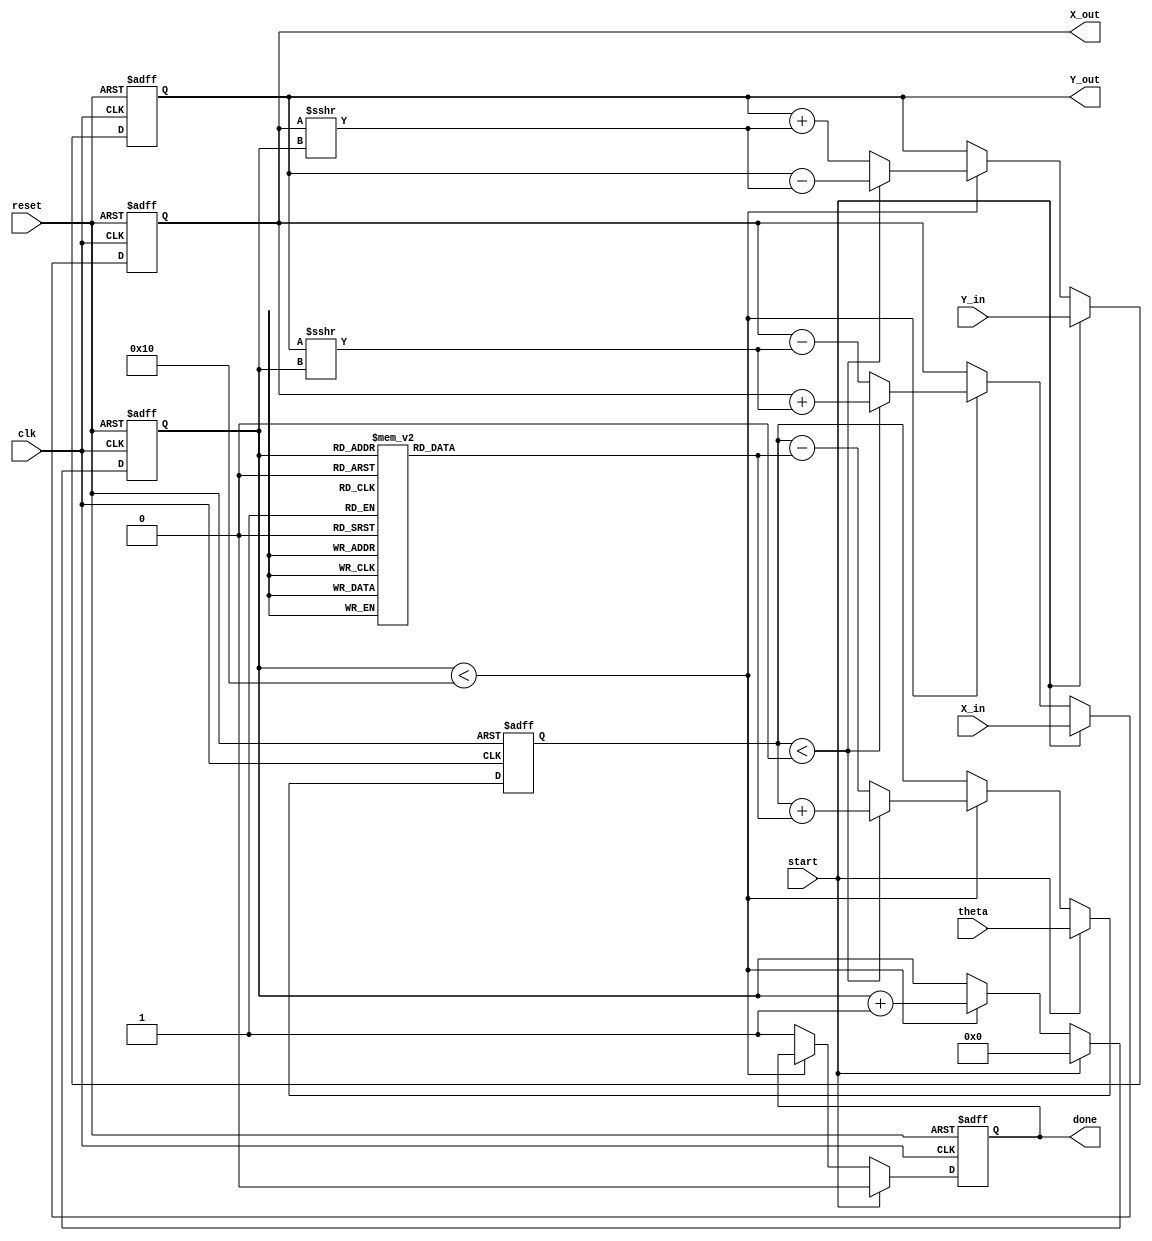
module cordic_2d (
    input clk,
    input reset,
    input start,
    input signed [15:0] X_in,        // Input X vector
    input signed [15:0] Y_in,        // Input Y vector
    input signed [15:0] theta,       // Input angle
    output reg signed [15:0] X_out,   // Output X' vector
    output reg signed [15:0] Y_out,   // Output Y' vector
    output reg done                  // Operation completion signal
);

    // Parameters for the CORDIC algorithm
    parameter NUM_ITERATIONS = 16;    // Number of iterations
    parameter FIXED_POINT_SCALE = 16;  // Scale for fixed-point representation

    // CORDIC angle table (in fixed-point representation)
    reg signed [15:0] atan_table [0:NUM_ITERATIONS-1];
    initial begin
        atan_table[0] = 16'h0000;   // atan(2^0)
        atan_table[1] = 16'h0264;   // atan(2^-1)
        atan_table[2] = 16'h03b6;   // atan(2^-2)
        atan_table[3] = 16'h051b;   // atan(2^-3)
        atan_table[4] = 16'h0679;   // atan(2^-4)
        atan_table[5] = 16'h07d8;   // atan(2^-5)
        atan_table[6] = 16'h0937;   // atan(2^-6)
        atan_table[7] = 16'h0a97;   // atan(2^-7)
        atan_table[8] = 16'h0c16;   // atan(2^-8)
        atan_table[9] = 16'h0d96;   // atan(2^-9)
        atan_table[10] = 16'h0f16;  // atan(2^-10)
        atan_table[11] = 16'h1097;  // atan(2^-11)
        atan_table[12] = 16'h11f6;  // atan(2^-12)
        atan_table[13] = 16'h1367;  // atan(2^-13)
        atan_table[14] = 16'h14d8;  // atan(2^-14)
        atan_table[15] = 16'h164b;  // atan(2^-15)
    end

    // Control signals
    reg [3:0] iteration;            // Current iteration counter
    reg signed [15:0] x_temp;       // Temporary X value
    reg signed [15:0] y_temp;       // Temporary Y value
    reg signed [15:0] theta_current; // Current angle

    always @(posedge clk or posedge reset) begin
        if (reset) begin
            X_out <= 0;
            Y_out <= 0;
            done <= 0;
            iteration <= 0;
            theta_current <= 0;
        end else if (start) begin
            X_out <= X_in;
            Y_out <= Y_in;
            theta_current <= theta;
            iteration <= 0;
            done <= 0;
        end else if (iteration < NUM_ITERATIONS) begin
            // Determine direction of rotation
            if (theta_current < 0) begin
                x_temp = X_out + (Y_out >>> iteration);
                y_temp = Y_out - (X_out >>> iteration);
                theta_current = theta_current + atan_table[iteration];
            end else begin
                x_temp = X_out - (Y_out >>> iteration);
                y_temp = Y_out + (X_out >>> iteration);
                theta_current = theta_current - atan_table[iteration];
            end
            
            // Update output vectors
            X_out <= x_temp;
            Y_out <= y_temp;
            iteration <= iteration + 1;
        end else begin
            // Scaling factor application can be added here
            done <= 1; // Signal that the operation is complete
        end
    end
endmodule